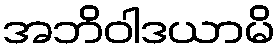
အဘိဝါဒယာမိ